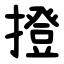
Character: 撜